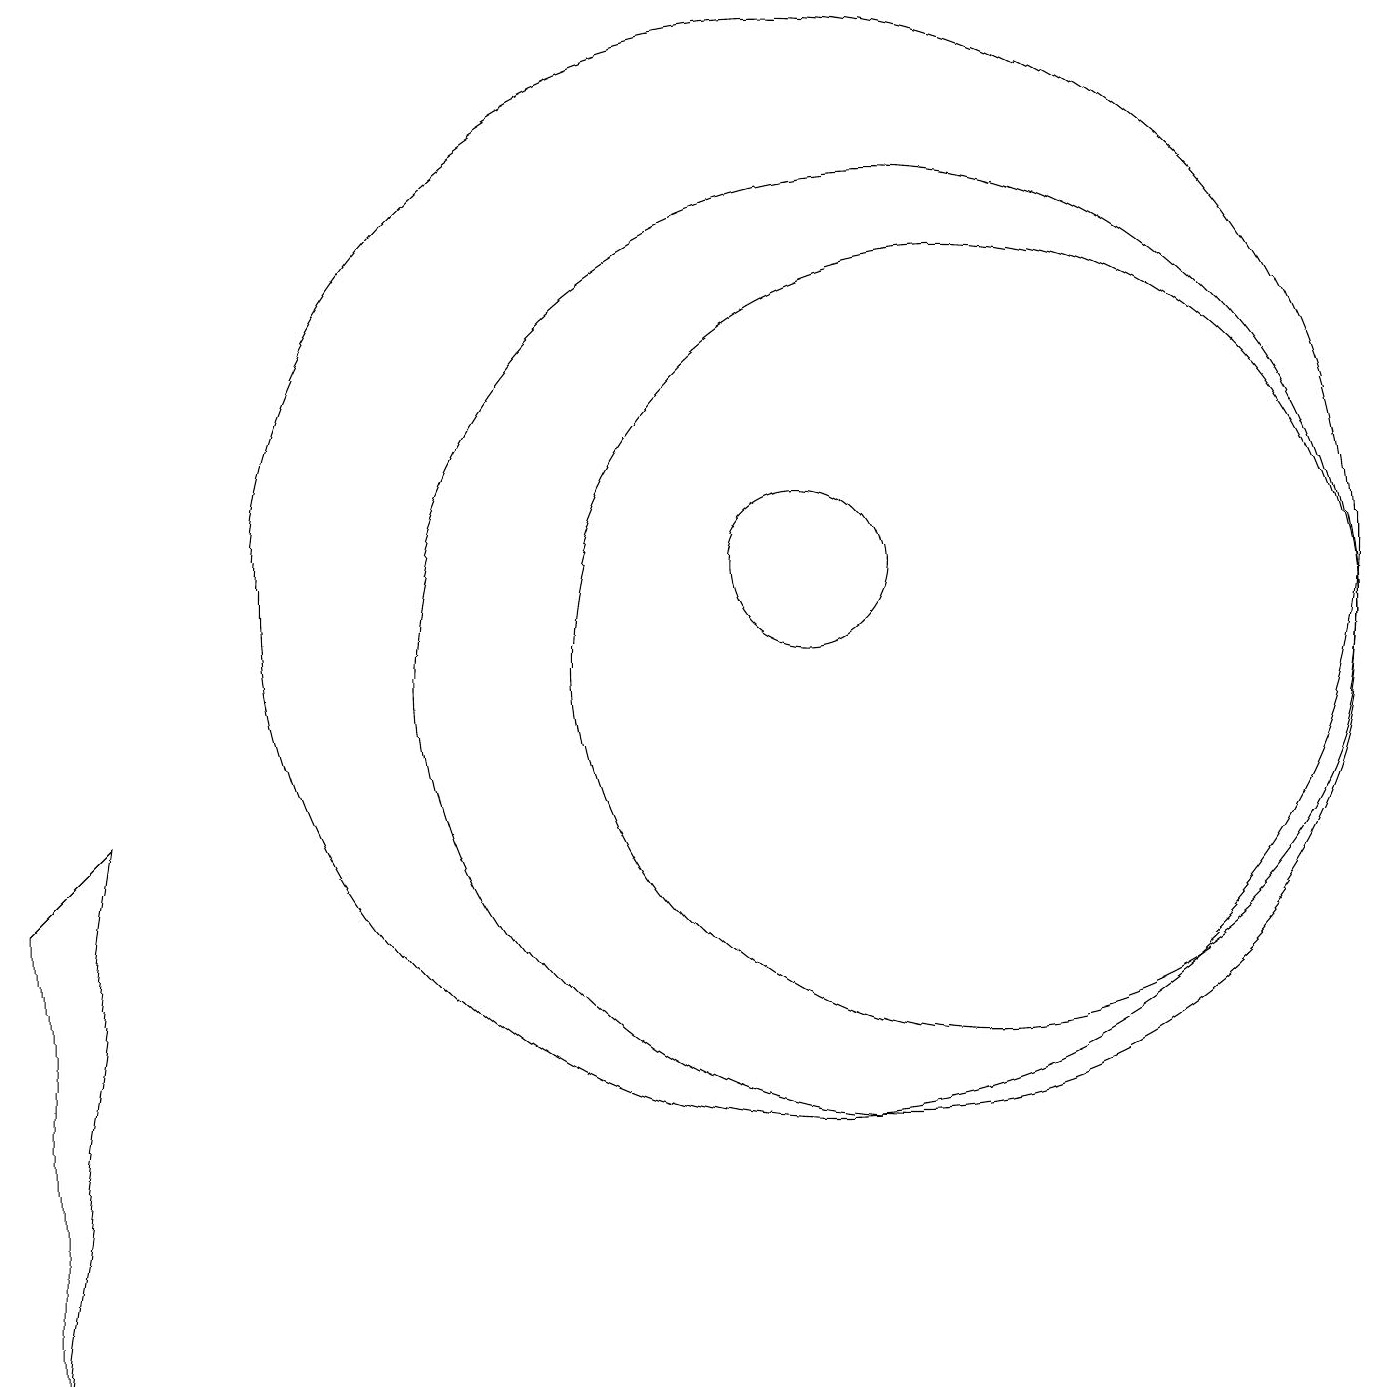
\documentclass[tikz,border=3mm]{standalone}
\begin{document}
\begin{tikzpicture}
\draw (10,11) circle (7);
\draw (10,11) circle (1);
\draw (11,10) circle (6);
\draw (0,1) -- (1,8) -- (0,7) -- cycle;
\draw (12,10) circle (5);
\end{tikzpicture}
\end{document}